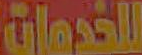
للخدمات